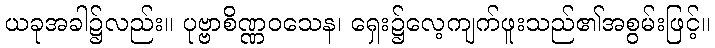
ယခုအခါ၌လည်း။ ပုဗ္ဗာစိဏ္ဏဝသေန၊ ရှေး၌လေ့ကျက်ဖူးသည်၏အစွမ်းဖြင့်။